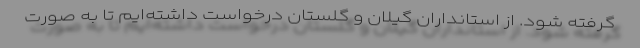
گرفته شود. از استانداران گیلان و گلستان درخواست داشته‌ایم تا به صورت